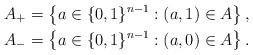
LaTeX: \begin{align*} A_+ &= \left\{ a \in \{0,1\}^{n-1} : (a, 1) \in A \right\}, \\ A_- &= \left\{ a \in \{0,1\}^{n-1} : (a, 0) \in A \right\}.\end{align*}